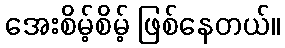
အေးစိမ့်စိမ့် ဖြစ်နေတယ်။